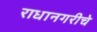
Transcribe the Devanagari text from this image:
राधानगरीचे